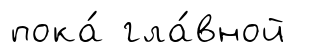
пока́ гла́вной